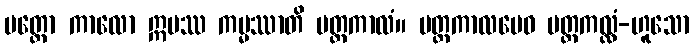
ပတ္တော ကာလော ဣမဿ ကမ္မဿာတိ ပတ္တကာလံ။ ပတ္တကာလမေဝ ပတ္တကလ္လံ-ဟူသော